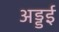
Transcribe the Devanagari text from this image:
अड्डई